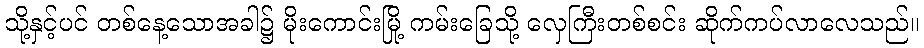
သို့နှင့်ပင် တစ်နေ့သောအခါ၌ မိုးကောင်းမြို့ ကမ်းခြေသို့ လှေကြီးတစ်စင်း ဆိုက်ကပ်လာလေသည်။